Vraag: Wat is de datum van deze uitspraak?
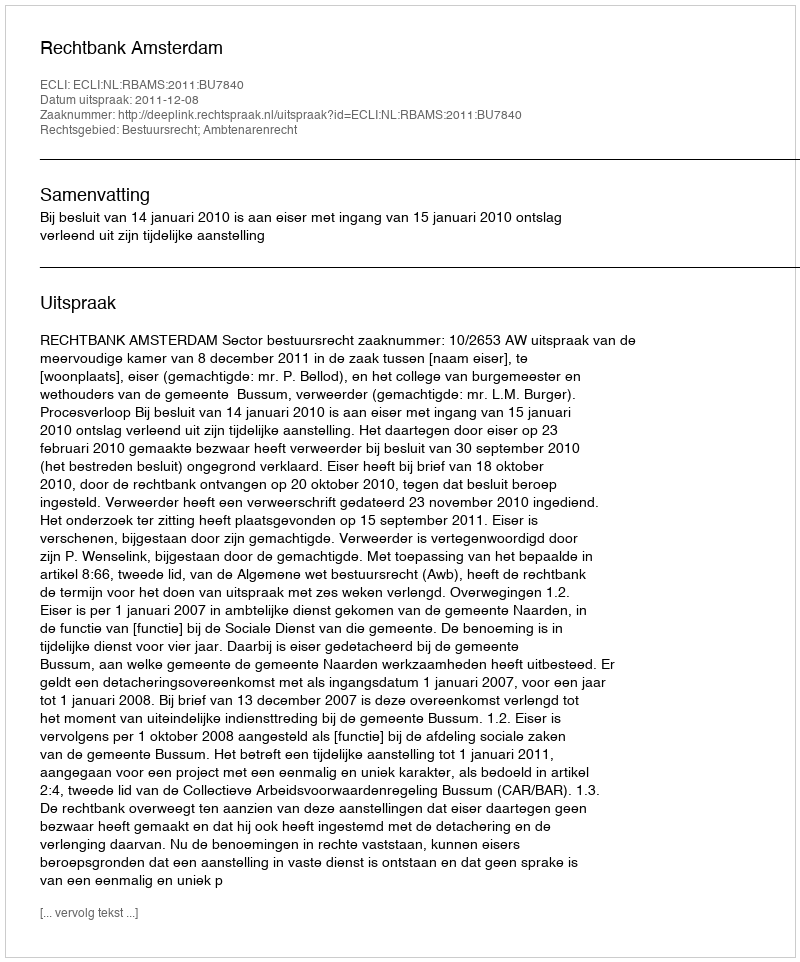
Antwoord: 2011-12-08